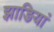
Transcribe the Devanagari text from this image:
झाङियां